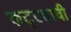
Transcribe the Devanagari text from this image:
कट्ट्याची